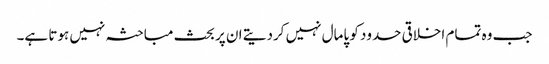
جب وہ تمام اخلاقی حدود کو پامال نہیں کردیتے ان پر بحث مباحثہ نہیں ہوتا ہے۔